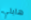
هايلي